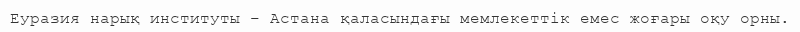
Еуразия нарық институты – Астана қаласындағы мемлекеттік емес жоғары оқу орны.